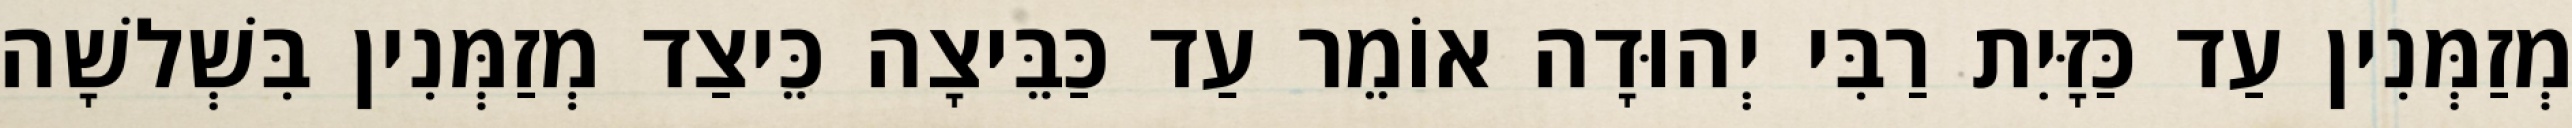
מְזַמְּנִין עַד כַּזָּיִת רַבִּי יְהוּדָה אוֹמֵר עַד כַּבֵּיצָה כֵּיצַד מְזַמְּנִין בִּשְׁלשָׁה